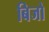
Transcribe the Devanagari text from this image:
बिजो